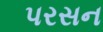
પરસન